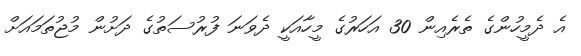
އެ ދެމީހުންގެ ތެރެއިން 30 އަހަރުގެ މީހާއަކީ ދެވަނަ ފުރުސަތުގެ ދަށުން މުޖުތަމައަށް